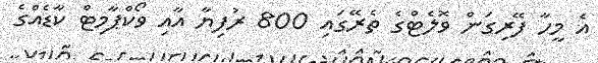
އެ މީހާ ފޭރިގަން ވޮލެޓްގެ ތެރޭގައި 800 ރުފިޔާ އާއި ވޯކްޕާމިޓް ކާޑެއްގެ